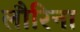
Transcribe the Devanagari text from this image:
लौरिना